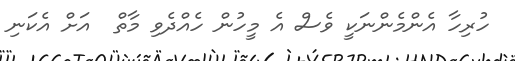
ހުރިހާ އެންމެންނަކީ ވެސް އެ މީހުން ހެއްދެވި މާތް  އަށް އެކަނި